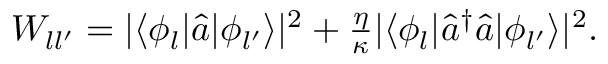
\begin{array} { r } { W _ { l l ^ { \prime } } = | \langle \phi _ { l } | \hat { a } | \phi _ { l ^ { \prime } } \rangle | ^ { 2 } + \frac { \eta } { \kappa } | \langle \phi _ { l } | \hat { a } ^ { \dagger } \hat { a } | \phi _ { l ^ { \prime } } \rangle | ^ { 2 } . } \end{array}